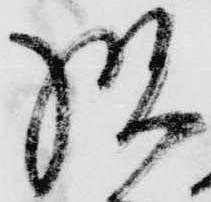
様